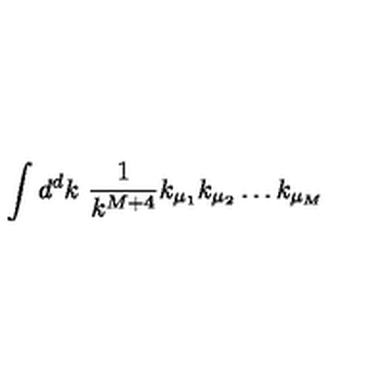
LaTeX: \int d ^ { d } k \ \frac { 1 } { k ^ { M + 4 } } k _ { \mu _ { 1 } } k _ { \mu _ { 2 } } \ldots k _ { \mu _ { M } }